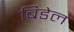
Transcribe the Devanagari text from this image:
बिडेल